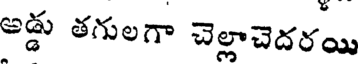
అడ్డు తగులగా చెల్లాచెదరయి